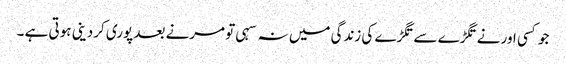
جو کسی اور نے تگڑے سے تگڑے کی زندگی میں نہ سہی تو مرنے بعد پوری کردینی ہوتی ہے ۔